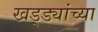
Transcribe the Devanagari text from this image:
खड्ड्यांच्या